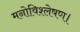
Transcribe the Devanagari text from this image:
मनोविश्लेषण।